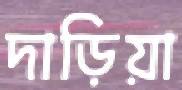
দাড়িয়া